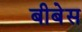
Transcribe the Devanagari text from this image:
बीबेस